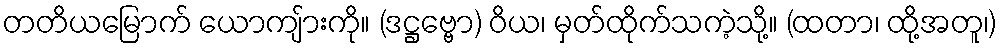
တတိယမြောက် ယောကျ်ားကို။ (ဒဋ္ဌဗ္ဗော) ဝိယ၊ မှတ်ထိုက်သကဲ့သို့။ (ထတာ၊ ထို့အတူ၊)